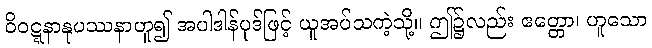
ဝိဝဋ္ဋနာနုပဿနာဟူ၍ အပါဒါန်ပုဒ်ဖြင့် ယူအပ်သကဲ့သို့။ ဤ၌လည်း ဧတ္တော၊ ဟူသော